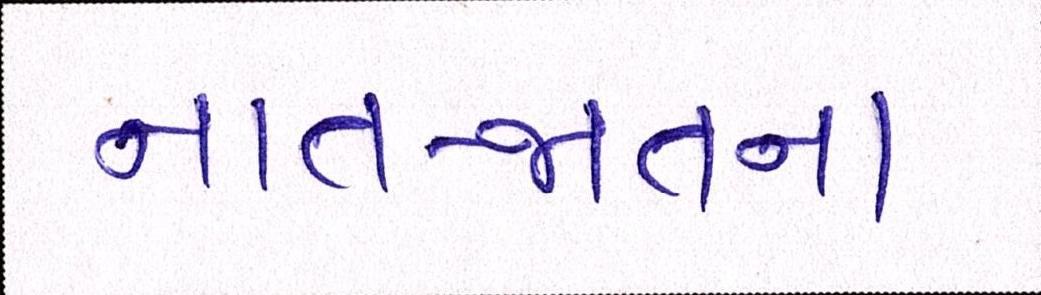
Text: નાત-જાતના